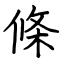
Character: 條